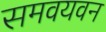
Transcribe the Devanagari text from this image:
समवयवन